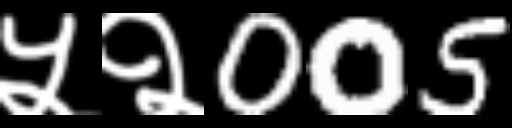
Text: ५२005